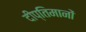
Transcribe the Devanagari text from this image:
दीप्तिमानों